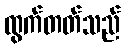
ထွက်တတ်သည်